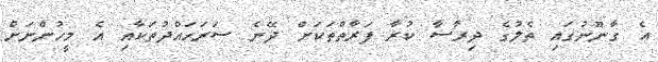
އެ ގާނޫނުގައި ތެލުގެ ދިރާސާ ކުރާ ފަރާތްތަކަށް ދޭނެ ސަރަހައްދުތަކާއި އެ މީހުންނަށް